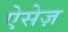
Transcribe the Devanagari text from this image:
ऐसेज़